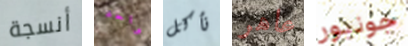
أنسجة واحد نأكل عاهر جونيور